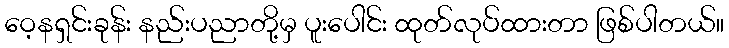
ဝေ့နရှင်းခုန်း နည်းပညာတို့မှ ပူးပေါင်း ထုတ်လုပ်ထားတာ ဖြစ်ပါတယ်။